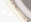
تجارية